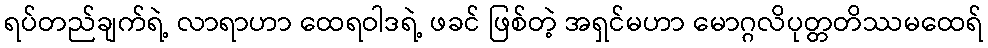
ရပ်တည်ချက်ရဲ့ လာရာဟာ ထေရဝါဒရဲ့ ဖခင် ဖြစ်တဲ့ အရှင်မဟာ မောဂ္ဂလိပုတ္တတိဿမထေရ်